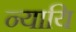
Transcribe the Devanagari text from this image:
न्यायि